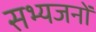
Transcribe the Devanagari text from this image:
सभ्यजनों